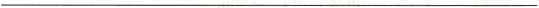
___